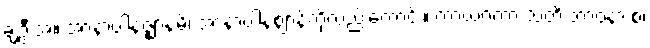
ချဲ့ဦးအံ့။ အာနာပါနဇ္ဈာနမ္ပိ၊ အာနာပါနဈာန်ကိုလည်းကောင်း။ ကာယဂတာ သတိ ဘာဝနာ စ၊